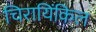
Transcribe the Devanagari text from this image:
चिरायिंकिल